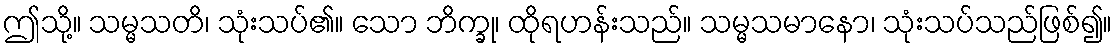
ဤသို့။ သမ္မသတိ၊ သုံးသပ်၏။ သော ဘိက္ခု၊ ထိုရဟန်းသည်။ သမ္မသမာနော၊ သုံးသပ်သည်ဖြစ်၍။